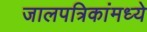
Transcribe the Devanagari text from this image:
जालपत्रिकांमध्ये